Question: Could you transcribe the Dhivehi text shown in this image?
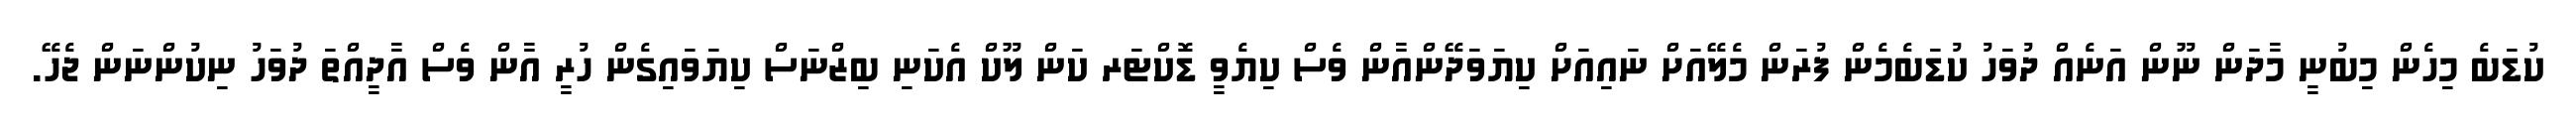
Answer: ކުޑަބެ މިހެން މިބުނީ މާދަން ނޫން އަނެއް ދުވަހު ކުޑަބެމެން ފުރަން މެލޭއަށް ނައިއަށް ކިޔަވަދޭންއާން ވެސް ކިޔެވީ ޑޮކްޓަރ ކަން ލޫކް އެކަނި ބިޒްނަސް ކިޔަވައިގެން ހުރީ އާން ވެސް އާދީއްތަ ދުވަހު ނިކުންނަން ޖެހޭ.